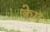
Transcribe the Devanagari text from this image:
क्वेम